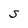
Character: S